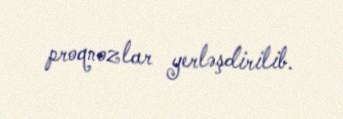
proqnozlar yerləşdirilib.